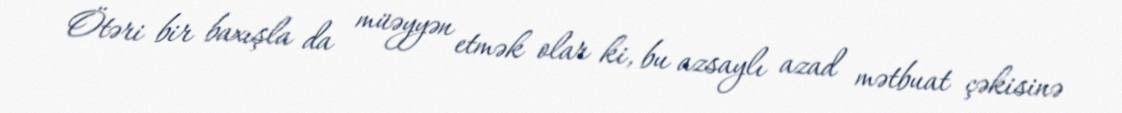
Ötəri bir baxışla da müəyyən etmək olar ki, bu azsaylı azad mətbuat çəkisinə